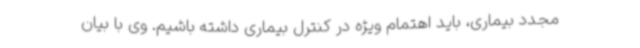
مجدد بیماری، باید اهتمام ویژه در کنترل بیماری داشته باشیم. وی با بیان